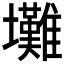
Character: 𡔃